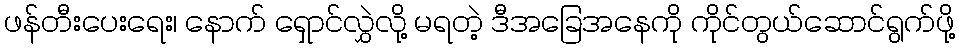
ဖန်တီးပေးရေး၊ နောက် ရှောင်လွှဲလို့ မရတဲ့ ဒီအခြေအနေကို ကိုင်တွယ်ဆောင်ရွက်ဖို့